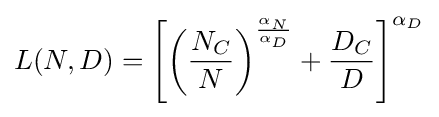
L(N,D)=\left[\left({\frac {N_{C}}{N}}\right)^{\frac {\alpha _{N}}{\alpha _{D}}}+{\frac {D_{C}}{D}}\right]^{\alpha _{D}}